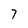
Character: 7